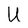
Character: U